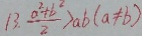
1 3 . \frac { a ^ { 2 } + b ^ { 2 } } { 2 } > a b ( a \neq b )